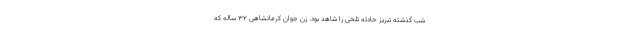
شب گذشته تبریز حادثه تلخی را شاهد بود. زن جوان کرمانشاهی ۳۲ ساله که